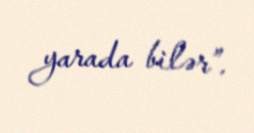
yarada bilər”.